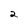
Character: 2